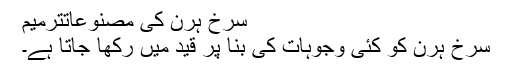
سرخ ہرن کی مصنوعاتترميم
سرخ ہرن کو کئی وجوہات کی بنا پر قید میں رکھا جاتا ہے۔